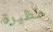
حظيرة